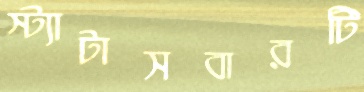
স্ট্যাটাসবারটি